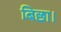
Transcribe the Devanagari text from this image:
बिछा।